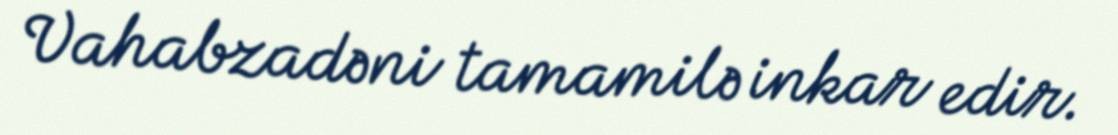
Vahabzadəni tamamilə inkar edir.